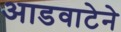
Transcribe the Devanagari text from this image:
आडवाटेने